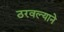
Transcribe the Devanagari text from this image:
ठरवल्याने